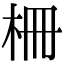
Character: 柵